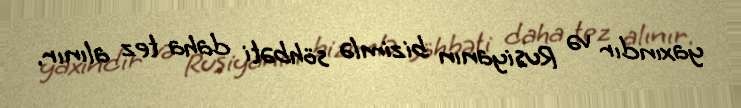
yaxındır və Rusiyanın bizimlə söhbəti daha tez alınır.